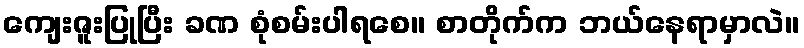
ကျေးဇူးပြုပြီး ခဏ စုံစမ်းပါရစေ။ စာတိုက်က ဘယ်နေရာမှာလဲ။